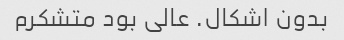
بدون اشکال. عالی بود متشکرم